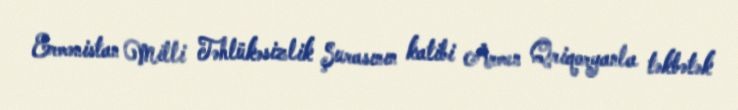
Ermənistan Milli Təhlükəsizlik Şurasının katibi Armen Qriqoryanla təkbətək